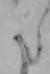
た